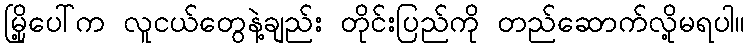
မြို့ပေါ်က လူငယ်တွေနဲ့ချည်း တိုင်းပြည်ကို တည်ဆောက်လို့မရပါ။